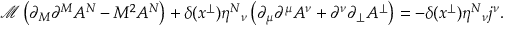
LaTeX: \mathcal { M } \left( \partial _ { M } \partial ^ { M } A ^ { N } - M ^ { 2 } A ^ { N } \right) + \delta ( x ^ { \perp } ) \eta ^ { N } { } _ { \nu } \left( \partial _ { \mu } \partial ^ { \mu } A ^ { \nu } + \partial ^ { \nu } \partial _ { \perp } A ^ { \perp } \right) = - \delta ( x ^ { \perp } ) \eta ^ { N } { } _ { \nu } j ^ { \nu } .